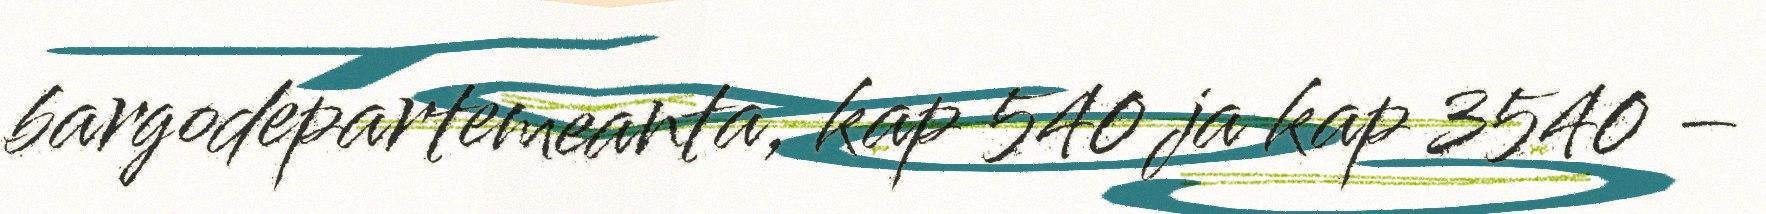
bargodepartemeanta, kap 540 ja kap 3540 –